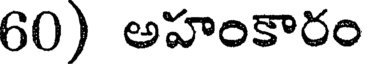
60) అహంకారం